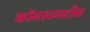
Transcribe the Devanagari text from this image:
कॉनस्टनटीन